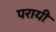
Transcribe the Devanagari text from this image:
परायी